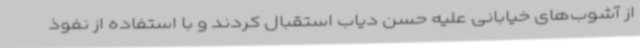
از آشوب‌های خیابانی علیه حسن دیاب استقبال کردند و با استفاده از نفوذ